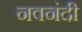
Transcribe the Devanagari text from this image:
नवनंदी